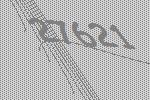
27621